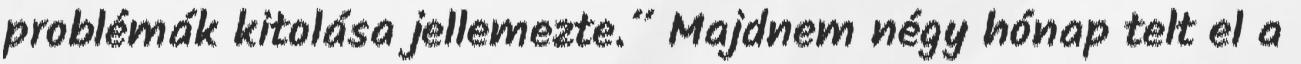
problémák kitolása jellemezte.” Majdnem négy hónap telt el a